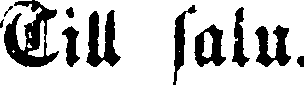
Till salu.